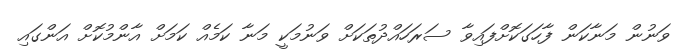
ވަނުން މަނާކަން ފާހަގަކޮށްފައިވާ ސަރަހައްދުތަކަށް ވަނުމަކީ މަނާ ކަމެއް ކަމަށް އާންމުކޮށް އަންގައި